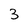
Character: 3